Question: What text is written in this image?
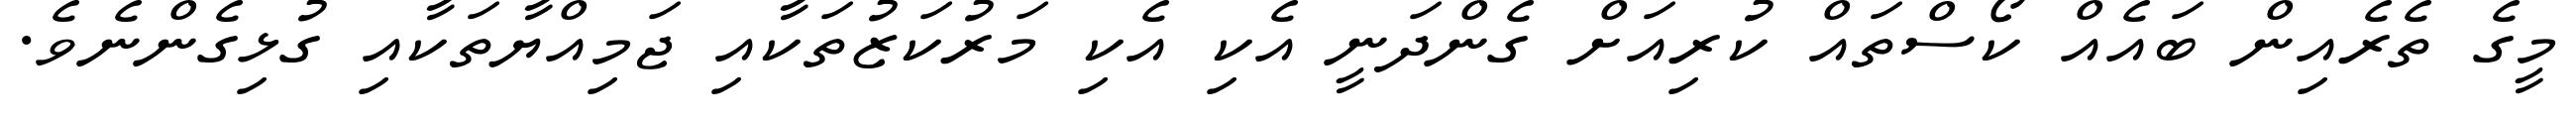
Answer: މީގެ ތެރެއިން ބައެއް ކޯސްތައް ކުރިއަށް ގެންދަނީ އެކި އެކި މަރުކަޒުތަކާއި ޖަމިއްޔާތަކާއި ގުޅިގެންނެވެ.